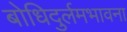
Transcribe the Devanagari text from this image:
बोधिदुर्लमभावना